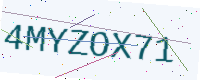
Text: 4MYZOX71